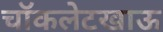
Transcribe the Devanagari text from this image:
चॉकलेटखाऊ